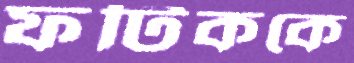
ফটিককে